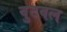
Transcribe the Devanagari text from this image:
वुटवल